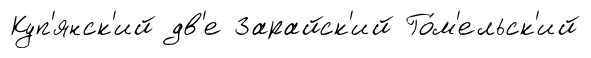
Куп'янск'ий дв'е Зарайск'ий Го́м'ельск'ий